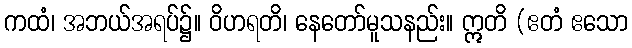
ကထံ၊ အဘယ်အရပ်၌။ ဝိဟရတိ၊ နေတော်မူသနည်း။ ဣတိ (ဧတံ ဧသော